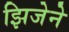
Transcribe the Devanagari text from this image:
झिजेने